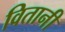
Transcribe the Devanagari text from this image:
वितानी